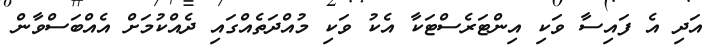
އަދި އެ ފައިސާ ވަކި އިންޓަރެސްޓަކާ އެކު ވަކި މުއްދަތެއްގައި ދެއްކުމަށް އެއްބަސްވާން